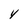
Character: Y